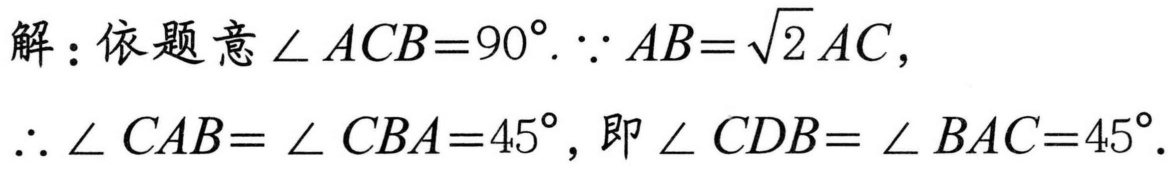
解：依题意$\angle ACB = 90^{\circ}.\because AB=\sqrt{2}AC$，
$\therefore \angle CAB=\angle CBA = 45^{\circ}$，即$\angle CDB=\angle BAC = 45^{\circ}$.